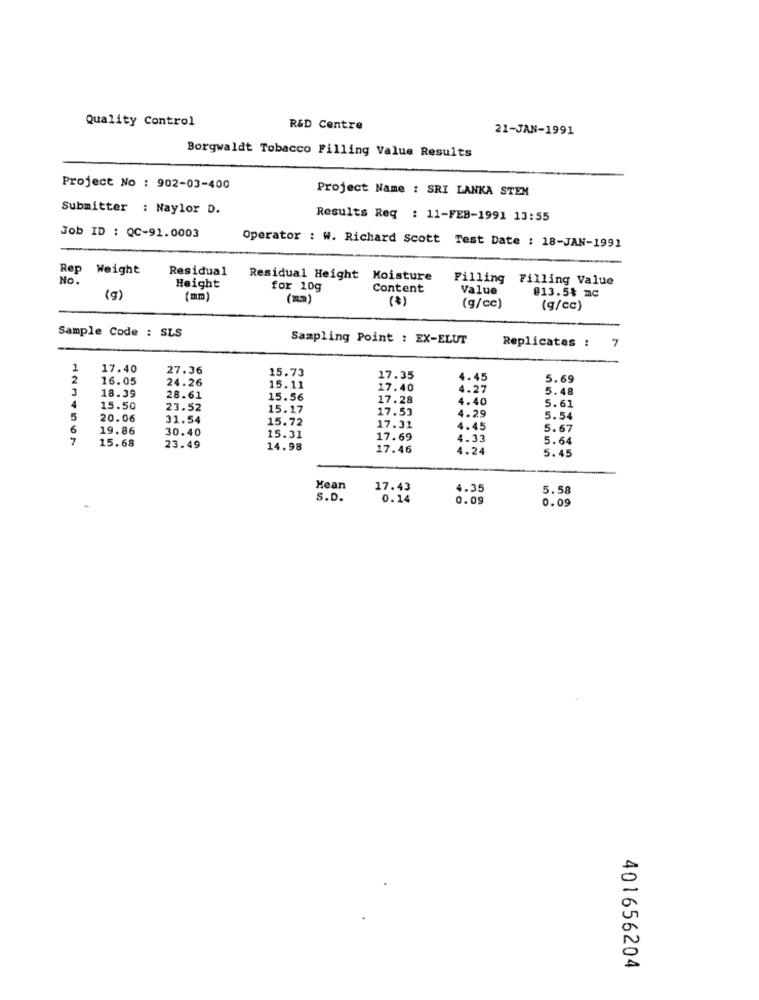
Quality Control
R&D Centre
21-JAN-1991
Borgwaldt Tobacco Filling Value Results
Project No : 902-03-400
Project Name : SRI LANKA STEM
Submitter : Naylor D.
Results Req : 11-FEB-1991 13:55
Job ID : QC-91.0003
Operator : W. Richard Scott Test Date : 18-JAN-1991
Rep Weight
Residual
No.
Residual Height Moisture
Filling Filling Value
Height
for 10g
Content
Value
@13.5% mc
(g)
(mm
(mm)
(3)
(g/cc)
(g/cc)
Sample Code : SLS
Sampling Point : EX-ELUT
7
Replicates :
1
17.40
27.36
15.73
2
16.05
24.26
17.35
4.45
5.69
3
15.11
17.40
4.27
5.48
18.39
28.61
15.56
17.28
4.40
4
15.50
23.52
15.17
17.53
5.61
5
20.06
31.54
15.72
4.29
5.54
6
19.86
30.40
15.31
17.31
4.45
5.67
7
15.68
17.69
4.33
5.64
23.49
14.98
17.46
4.24
5.45
Mean
17.43
4.35
5.58
S.D.
0.14
0.09
0.09
401656204